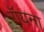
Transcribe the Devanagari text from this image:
रॉयना